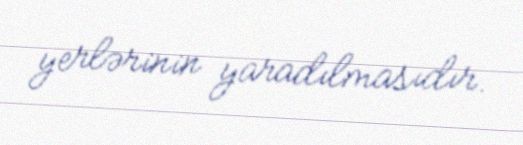
yerlərinin yaradılmasıdır.